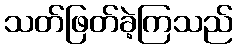
သတ်ဖြတ်ခဲ့ကြသည်